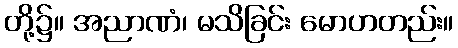
တို့၌။ အညာဏံ၊ မသိခြင်း မောဟတည်း။